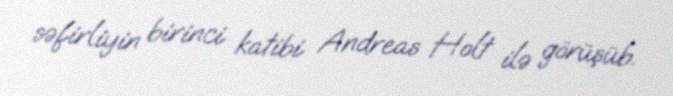
səfirliyin birinci katibi Andreas Holt ilə görüşüb.